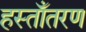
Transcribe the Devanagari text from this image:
हस्ताँतरण